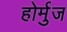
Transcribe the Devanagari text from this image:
होर्मुज